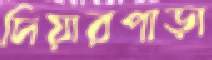
দিয়ারপাড়া